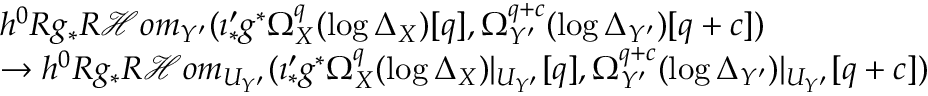
\begin{array} { r l } & { h ^ { 0 } R g _ { * } R \mathcal { H } o m _ { Y ^ { \prime } } ( \imath _ { * } ^ { \prime } g ^ { * } \Omega _ { X } ^ { q } ( \log \Delta _ { X } ) [ q ] , \Omega _ { Y ^ { \prime } } ^ { q + c } ( \log \Delta _ { Y ^ { \prime } } ) [ q + c ] ) } \\ & { \to h ^ { 0 } R g _ { * } R \mathcal { H } o m _ { U _ { Y ^ { \prime } } } ( \imath _ { * } ^ { \prime } g ^ { * } \Omega _ { X } ^ { q } ( \log \Delta _ { X } ) | _ { U _ { Y ^ { \prime } } } [ q ] , \Omega _ { Y ^ { \prime } } ^ { q + c } ( \log \Delta _ { Y ^ { \prime } } ) | _ { U _ { Y ^ { \prime } } } [ q + c ] ) } \end{array}